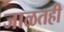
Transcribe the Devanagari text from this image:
जाळतही